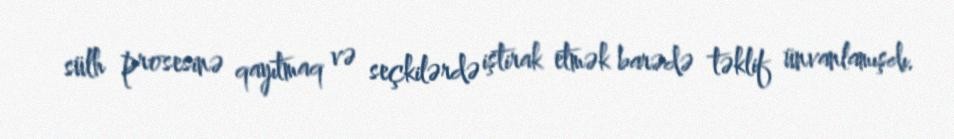
sülh prosesinə qayıtmaq və seçkilərdə iştirak etmək barədə təklif ünvanlamışdı.